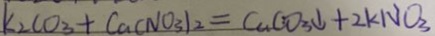
k _ { 2 } C O _ { 3 } + C a ( N O _ { 3 } ) _ { 2 } = C u C O _ { 3 } \downarrow + 2 k N O _ { 3 }